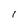
Character: l